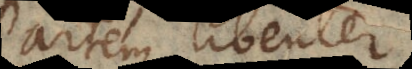
artem libenter